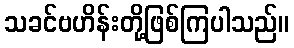
သခင်ဗဟိန်းတို့ဖြစ်ကြပါသည်။